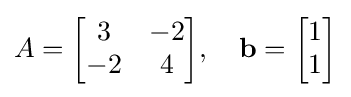
A={\begin{bmatrix}3&-2\\-2&4\end{bmatrix}},\quad \mathbf {b} ={\begin{bmatrix}1\\1\end{bmatrix}}